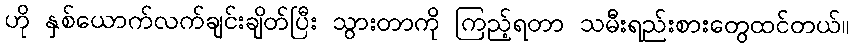
ဟို နှစ်ယောက်လက်ချင်းချိတ်ပြီး သွားတာကို ကြည့်ရတာ သမီးရည်းစားတွေထင်တယ်။